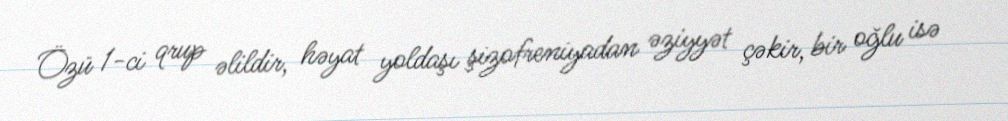
Özü 1-ci qrup əlildir, həyat yoldaşı şizofreniyadan əziyyət çəkir, bir oğlu isə